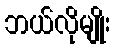
ဘယ်လိုမျိုး